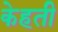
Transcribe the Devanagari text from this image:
केहती